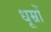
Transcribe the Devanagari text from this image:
धूम्रों